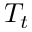
T _ { t }